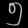
Digit: ၅